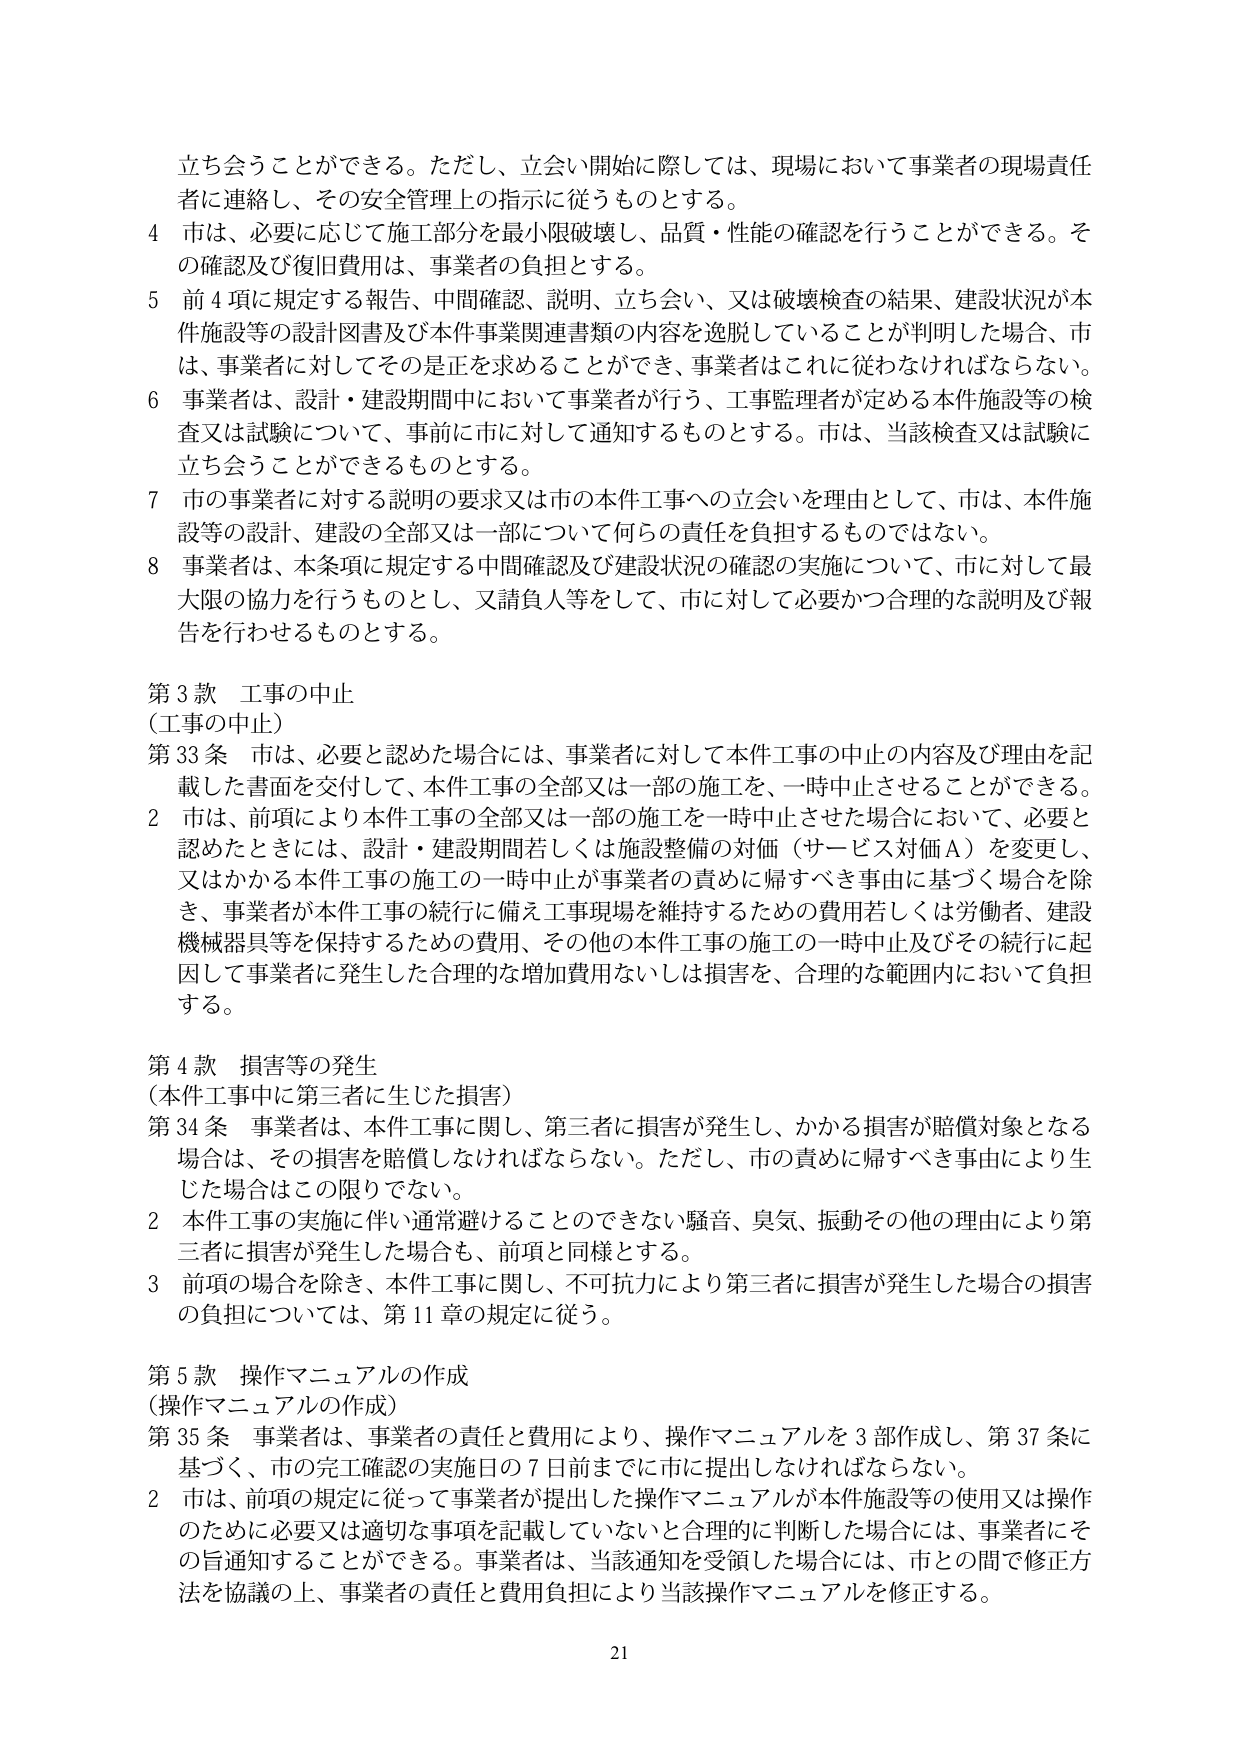
立ち会うことができる。ただし、立会い開始に際しては、現場において事業者の現場責任者に連絡し、その安全管理上の指示に従うものとする。

4 市は、必要に応じて施工部分を最小限破壊し、品質・性能の確認を行うことができる。その確認及び復旧費用は、事業者の負担とする。

5 前4項に規定する報告、中間確認、説明、立ち会い、又は破壊検査の結果、建設状況が本件施設等の設計図書及び本件事業関連書類の内容を逸脱していることが判明した場合、市は、事業者に対してその是正を求めることができ、事業者はこれに従わなければならない。

6 事業者は、設計・建設期間中において事業者が行う、工事監理者が定める本件施設等の検査又は試験について、事前に市に対して通知するものとする。市は、当該検査又は試験に立ち会うことができるものとする。

7 市の事業者に対する説明の要求又は市の本件工事への立会いを理由として、市は、本件施設等の設計、建設の全部又は一部について何らの責任を負担するものではない。

8 事業者は、本条項に規定する中間確認及び建設状況の確認の実施について、市に対して最大限の協力を行うものとし、又請負人等をして、市に対して必要かつ合理的な説明及び報告を行わせるものとする。

第3款 工事の中止
（工事の中止）

第33条 市は、必要と認めた場合には、事業者に対して本件工事の中止の内容及び理由を記載した書面を交付して、本件工事の全部又は一部の施工を、一時中止させることができる。

2 市は、前項により本件工事の全部又は一部の施工を一時中止させた場合において、必要と認めたときには、設計・建設期間若しくは施設整備の対価（サービス対価A）を変更し、又はかかる本件工事の施工の一時中止が事業者の責めに帰すべき事由に基づく場合を除き、事業者が本件工事の続行に備え工事現場を維持するための費用若しくは労働者、建設機械器具等を保持するための費用、その他の本件工事の施工の一時中止及びその続行に起因して事業者に発生した合理的な増加費用ないしは損害を、合理的な範囲内において負担する。

第4款 損害等の発生
（本件工事中に第三者に生じた損害）

第34条 事業者は、本件工事に関し、第三者に損害が発生し、かかる損害が賠償対象となる場合は、その損害を賠償しなければならない。ただし、市の責めに帰すべき事由により生じた場合はこの限りでない。

2 本件工事の実施に伴い通常避けることのできない騒音、臭気、振動その他の理由により第三者に損害が発生した場合も、前項と同様とする。

3 前項の場合を除き、本件工事に関し、不可抗力により第三者に損害が発生した場合の損害の負担については、第11章の規定に従う。

第5款 操作マニュアルの作成
（操作マニュアルの作成）

第35条 事業者は、事業者の責任と費用により、操作マニュアルを3部作成し、第37条に基づく、市の完工確認の実施日の7日前までに市に提出しなければならない。

2 市は、前項の規定に従って事業者が提出した操作マニュアルが本件施設等の使用又は操作のために必要又は適切な事項を記載していないと合理的に判断した場合には、事業者にその旨通知することができる。事業者は、当該通知を受領した場合には、市との間で修正方法を協議の上、事業者の責任と費用負担により当該操作マニュアルを修正する。

21